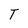
Character: T